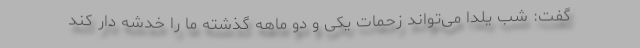
گفت: شب یلدا می‌تواند زحمات یکی و دو ماهه گذشته ما را خدشه دار کند